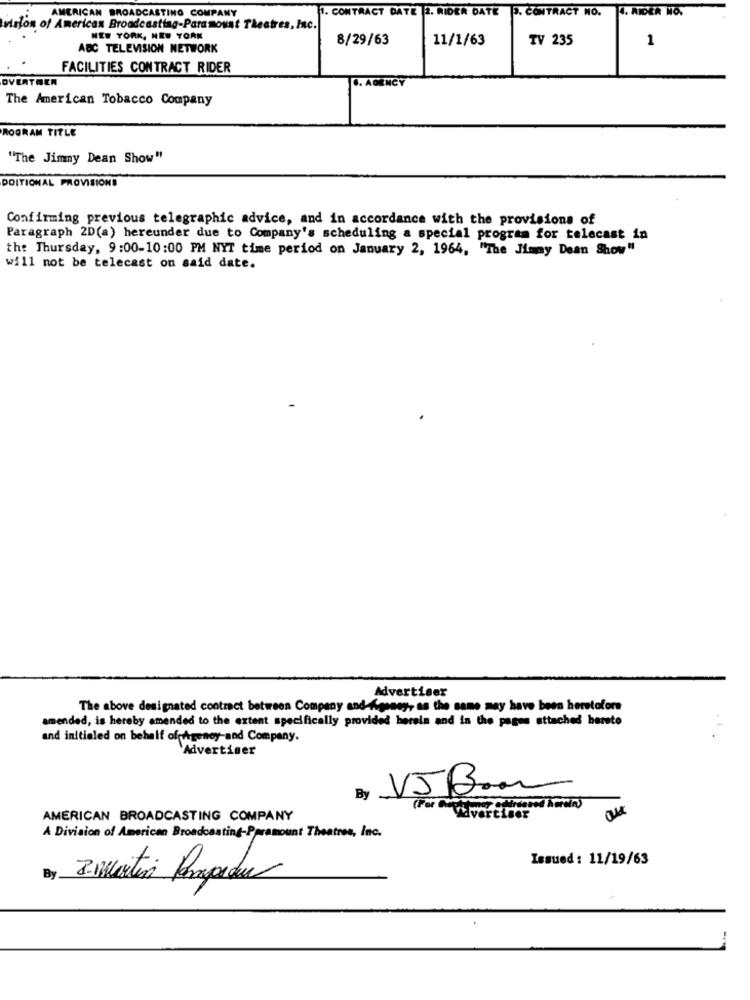
4. RIDER NO.
AMERICAN BROADCASTING COMPANY
1. CONTRACT DATE |2. RIDER DATE P. CONTRACT NO.
vision of American Broadcasting-Paramount Theatres, Inc.
NEW YORK, NEW YORK
8/29/63
11/1/63
TV 235
1
ABC TELEVISION NETWORK
FACILITIES CONTRACT RIDER
OVERTREA
. AGENCY
The American Tobacco Company
ROGRAM TITLE
"The Jimmy Dean Show"
DOITIONAL PROVISIONS
Confirming previous telegraphic advice, and in accordance with the provisions of
Paragraph 2D(a) hereunder due to Company's scheduling a special program for telecast in
the Thursday, 9:00-10:00 PM NYT time period on January 2, 1964, "The Jimmy Dean Show"
will not be telecast on said date.
Advertiser
The above designated contract between Company and-Agoney, as the same may have been heretofore
amended, is hereby amended to the extent specifically provided herein and in the pages attached hereto
and initialed on behalf ofgency-and Company.
`Advertiser
VJBom
By.
ou
AMERICAN BROADCASTING COMPANY
vertiser
A Division of American Broadcasting-Ppramount Theatres, Inc.
Issued : 11/19/63
By
3. Martins Propedu